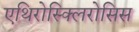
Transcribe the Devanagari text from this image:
एथिरोस्क्लिरोसिस